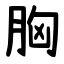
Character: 胸